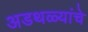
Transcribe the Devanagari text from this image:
अडथळ्यांचे